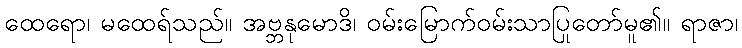
ထေရော၊ မထေရ်သည်။ အဗ္ဘနုမောဒိ၊ ဝမ်းမြောက်ဝမ်းသာပြုတော်မူ၏။ ရာဇာ၊